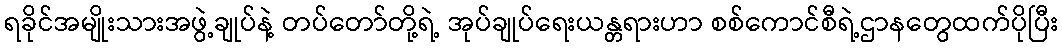
ရခိုင်အမျိုးသားအဖွဲ့ချုပ်နဲ့ တပ်တော်တို့ရဲ့ အုပ်ချုပ်ရေးယန္တရားဟာ စစ်ကောင်စီရဲ့ဌာနတွေထက်ပိုပြီး